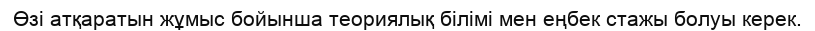
Өзі атқаратын жұмыс бойынша теориялық білімі мен еңбек стажы болуы керек.